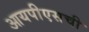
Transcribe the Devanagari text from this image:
आयपीएसची